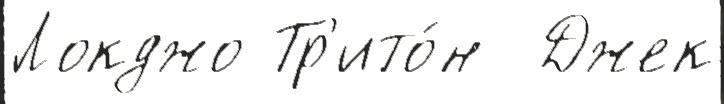
Локджо Тр'ито́н  Джек